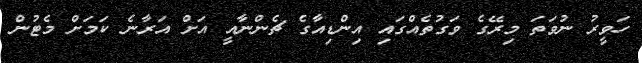
ހަވީރު ނުވަތަ މިރޭގެ ވަގުތެއްގައި އިންޑިއާގެ ޗެންނާއީ އަށް އަރާނެ ކަމަށް މެޓުން